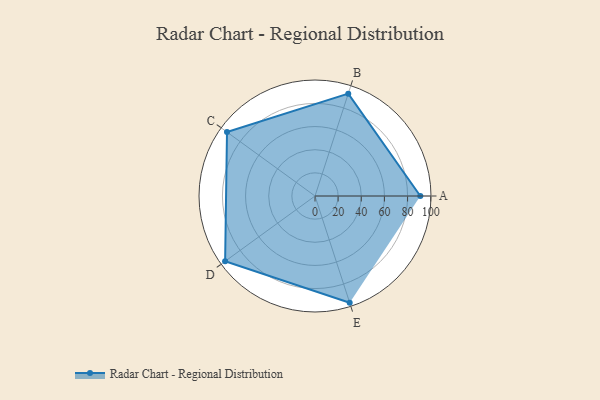
{"axis": {"x": "Skill", "y": "Score"}, "legend": ["Profile"], "data": [{"x": "A", "y": 91.0, "type": "Profile"}, {"x": "B", "y": 93.0, "type": "Profile"}, {"x": "C", "y": 94.0, "type": "Profile"}, {"x": "D", "y": 96.0, "type": "Profile"}, {"x": "E", "y": 97.0, "type": "Profile"}]}